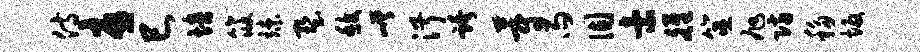
侍忧巳培筱竦墅馥嵯淑跨蔚雨固索雒筮旭防移坂